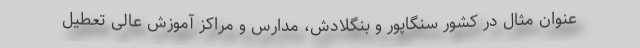
عنوان مثال در کشور سنگاپور و بنگلادش، مدارس و مراکز آموزش عالی تعطیل